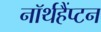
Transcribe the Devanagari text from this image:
नॉर्थहैंप्टन